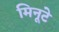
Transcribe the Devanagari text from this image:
मिनूटे